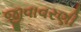
જીવાવરણી